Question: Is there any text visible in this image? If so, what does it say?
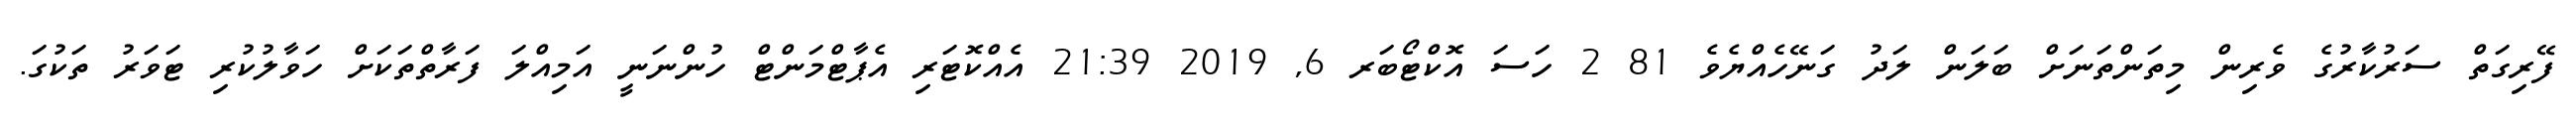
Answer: ފޭރިގަތް ސަރުކާރުގެ ވެރިން މިތަންތަނަށް ބަލަން ލަދު ގަނޭހެއްޔެވެ 81 2 ހަސަ އޮކްޓޯބަރ 6, 2019 21:39 އެއްކޮޓަރި އެޕާޓްމަންޓް ހުންނަނީ އަމިއްލަ ފަރާތްތަކަށް ހަވާލުކުރި ޓަވަރު ތަކުގަ.